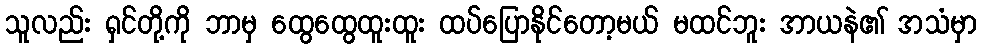
သူလည်း ရှင်တို့ကို ဘာမှ ထွေထွေထူးထူး ထပ်ပြောနိုင်တော့မယ် မထင်ဘူး အာယနဲ၏ အသံမှာ